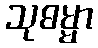
သုဓမ္မာ